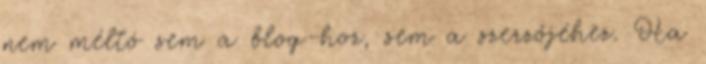
nem méltó sem a blog-hoz, sem a szerzőjéhez. Ha